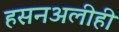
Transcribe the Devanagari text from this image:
हसनअलीही